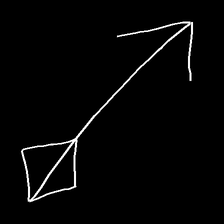
Glyph: focus